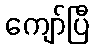
ကျော်ပြီ